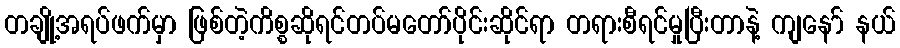
တချို့အရပ်ဖက်မှာ ဖြစ်တဲ့ကိစ္စဆိုရင်တပ်မတော်ပိုင်းဆိုင်ရာ တရားစီရင်မှုပြီးတာနဲ့ ကျနော် နယ်